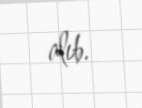
alıb.